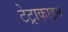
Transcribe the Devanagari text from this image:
टेट्राकाइन